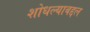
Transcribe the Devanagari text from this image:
शोधल्याबद्दल